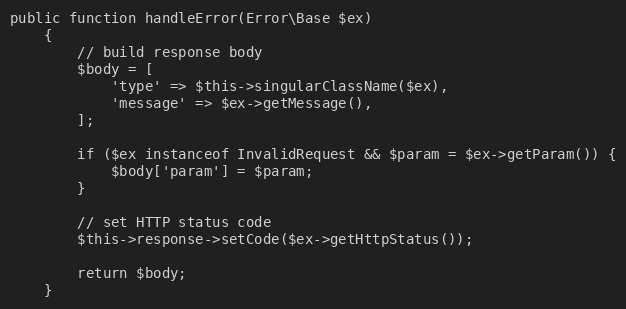
Language: PHP
public function handleError(Error\Base $ex)
    {
        // build response body
        $body = [
            'type' => $this->singularClassName($ex),
            'message' => $ex->getMessage(),
        ];

        if ($ex instanceof InvalidRequest && $param = $ex->getParam()) {
            $body['param'] = $param;
        }

        // set HTTP status code
        $this->response->setCode($ex->getHttpStatus());

        return $body;
    }